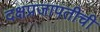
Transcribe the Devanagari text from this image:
दक्षप्रजापतीची